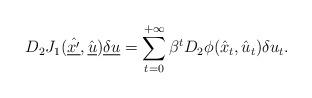
LaTeX: \begin{align*} D_2 J_1(\hat{\underline{x'}}, \hat{\underline{u}}) \underline{\delta u} = \sum_{t = 0}^{+\infty} \beta^t D_2 \phi (\hat{x}_t, \hat{u}_t) \delta u_t.\end{align*}